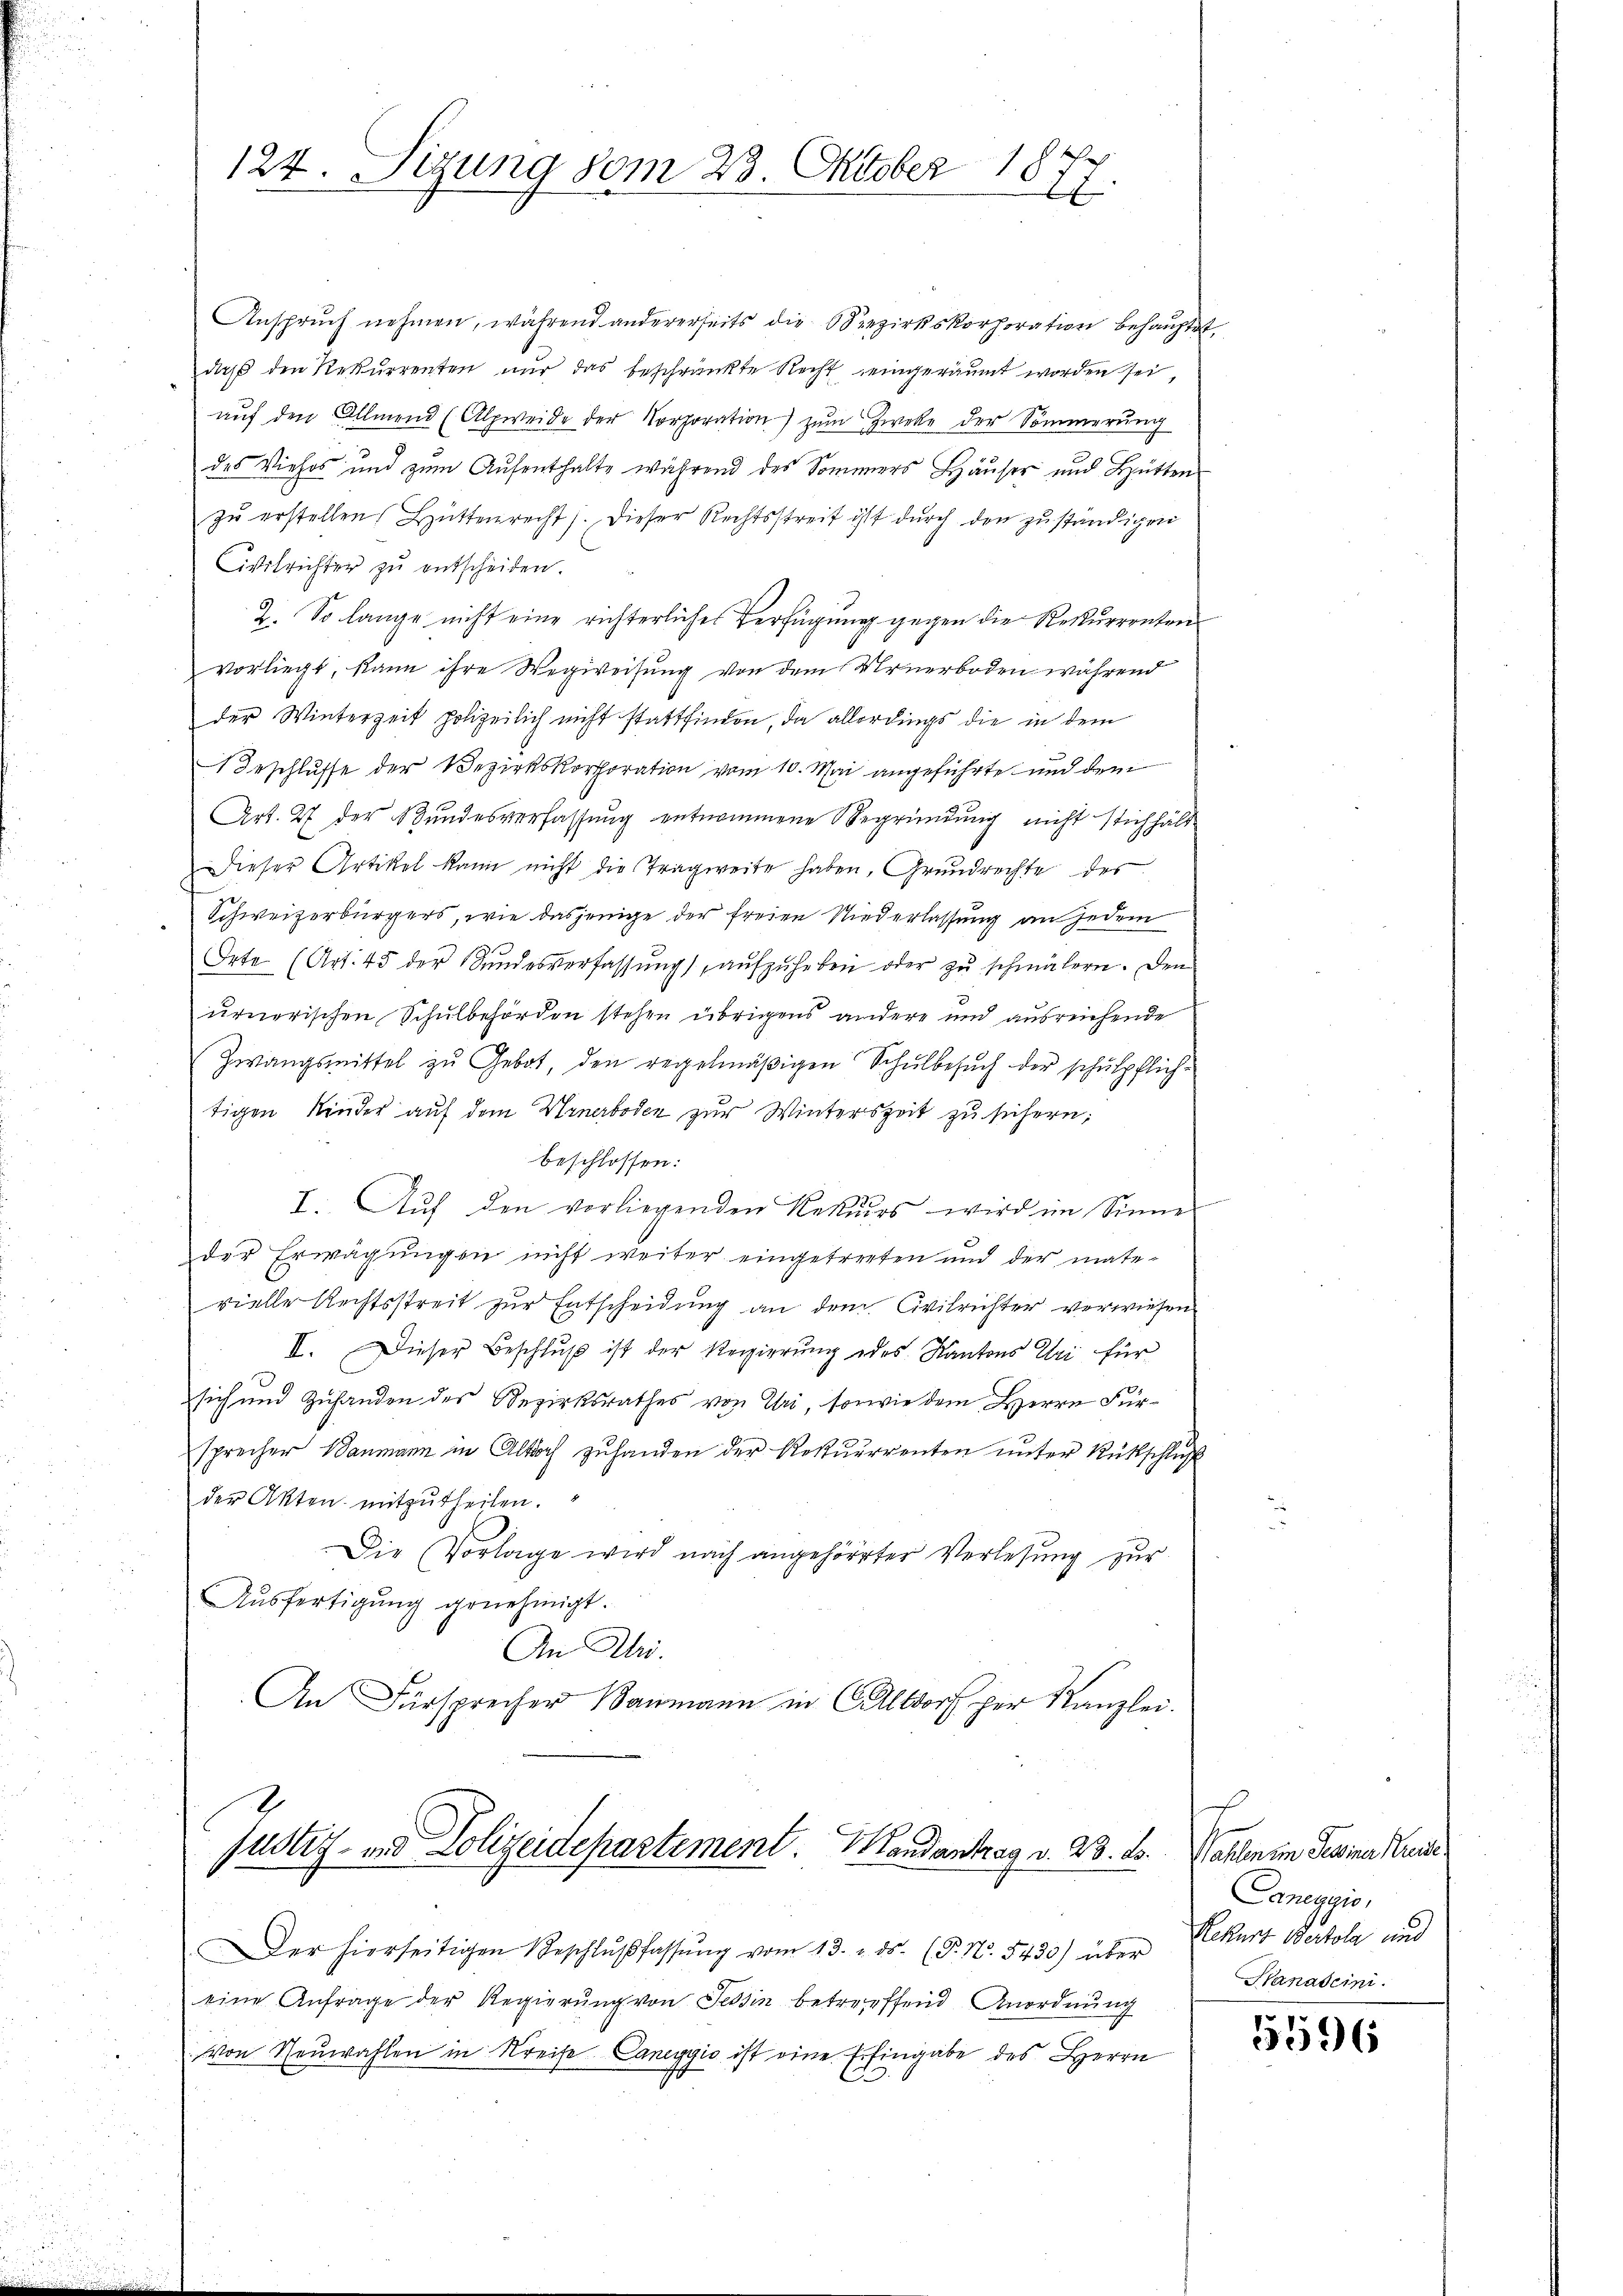
124. Sizung vom 23. Oktober 1877.

Anspruch nehmen, während andererseits die Bezirkskorporation behauptet,
daß den Rekurrenten nur das beschränkte Recht, eingeräumt worden sei,
auf den Allmend (Alpweide der Korporation zum Zwecke der Sommerung
des Viehos und zum Aufenthalte während des Sommers Häuser und Hütten
zŭ erstellen, Hüttenrecht). Dieser Rechtsstreit ist durch den zŭständigen
Civilrichter zu entscheiden.
2. So lange nicht eine richterliches Verfügung gegen die Rekurrenten
vorliegt, kann ihre Wegweisung von dem Urnerboden während
der Winterzeit polizeilich nicht stattfinden, da allerdings die in dem
 Beschlusse der Bezirkskorthoration vom 10. Mai angeführte und dem
Art. 27 der Bundesverfassung entnommene Begründung nicht stichhält
Dieser Artikel kann nicht die Tragweite haben, Grundrechte des
Schweizerbürgers, wie dasjenige der freien Niederlassung an jedem
Orte (Art. 45 der Stŭndesverfassŭng aŭfzŭheben oder zŭ schmälern. Den
urnerischen Schulbehörden stehen übrigens andere und ausreichende
Zwangsmittel zu Gebot, den regelmäßigen Schulbesuch der schulpflichtigen Kinder auf dem Urnerboden zur Winterszeit zu sichern;
beschlossen:
I. Auf den vorliegenden Rekurs wird im Sinne
der Erwägungen nicht weiter eingetreten und der mate-
vielle Rechtsstreit zur Entscheidung an dem Civilrichter verwiesen
II. Dieser Beschluß ist der Regierung des Kantons Uri für
sich und Zuhanden des Bezirksrathes von Uri, sowie dem Herrn Fürsprecher Baumann in Altdoch zuhanden der Restuerrenten unter Rüttschluß
der Akten mitzutheilen.
Die Vorlage wird nach angehörter Verlesung zŭr
Aŭsfertigung genehmigt.
An Ali.
An Fürsprecher Baumann in Altdorf her Kanzlei.

Justiz- und Polizeidepartement. Mandantrag v. 23. ds. Wahlen im Tessina Audi¬

Der hierseitigen Beschlŭβ fassŭng vom 13. u. ds. (P. Nr. 5430) über
eine Anfrage der Regierŭng von Tessin betreffend Anordnŭng
von Neuwahlen in Kreise Caneggio ist eine Erfingabe des Herrn

Caneggio,
Rekurs Bertole und
Hanascini

5596